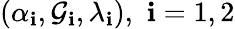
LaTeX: (\alpha_{\mathbf{i}},\mathcal{{G}}_{\mathbf{i}},\lambda_{\mathbf{i}}),\, \, \mathbf{i}=1,2